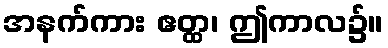
အနက်ကား ဧတ္ထ၊ ဤကာလ၌။